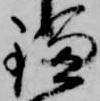
鎌